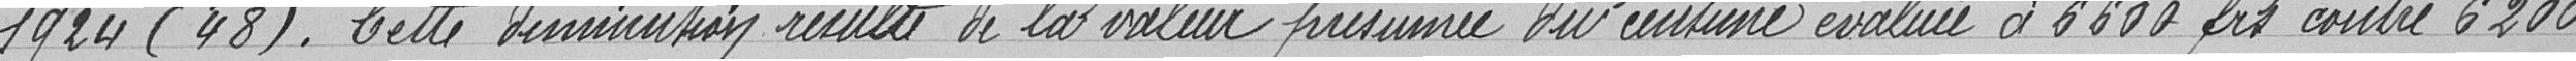
1924 (48). Cette diminution résulte de la valeur présumée des centimes calculée à 6600 francs contre 6200